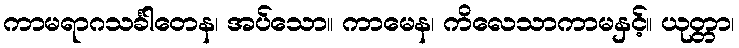
ကာမရာဂသင်္ခါတေန၊ အပ်သော။ ကာမေန၊ ကိလေသာကာမနှင့်။ ယုတ္တာ၊